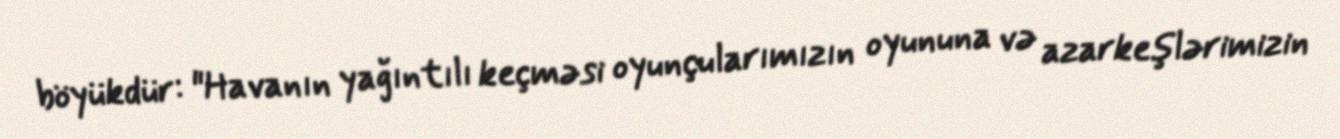
böyükdür: "Havanın yağıntılı keçməsi oyunçularımızın oyununa və azarkeşlərimizin